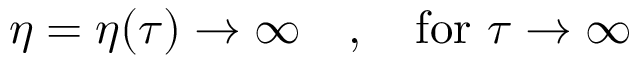
\eta = \eta ( \tau ) \to \infty \quad , \quad \mathrm { f o r } ~ \tau \to \infty